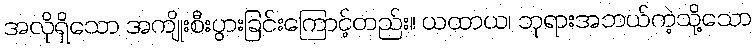
အလိုရှိသော အကျိုးစီးပွားခြင်းကြောင့်တည်း။ ယထာယ၊ ဘုရားအဘယ်ကဲ့သို့သော